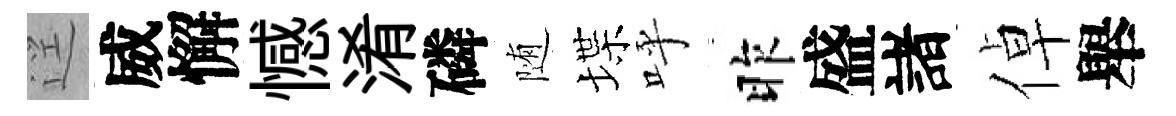
逕威懈憾淆磷随堞呼昨盛諸倬舉